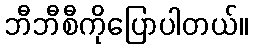
ဘီဘီစီကိုပြောပါတယ်။